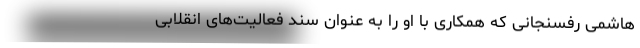
هاشمی رفسنجانی که همکاری با او را به عنوان سند فعالیت‌های انقلابی